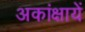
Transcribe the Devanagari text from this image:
अकांक्षायें